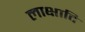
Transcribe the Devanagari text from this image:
लाक्षादि